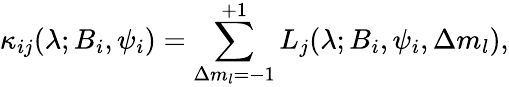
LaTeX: \kappa_{ij}(\lambda;B_{i},\psi_{i})=\sum_{\Delta m_{l}=-1}^{+1}L_{j}(\lambda;B_{i},\psi_{i},\Delta m_{l}),